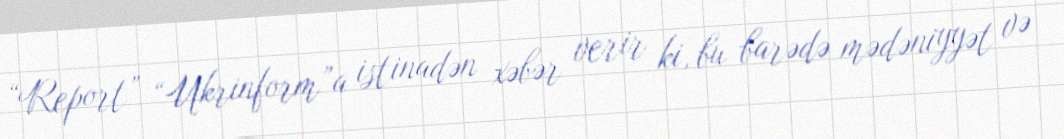
“Report” “Ukrinform”a istinadən xəbər verir ki, bu barədə mədəniyyət və